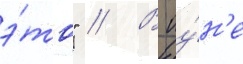
э́то" // В иу́н'е